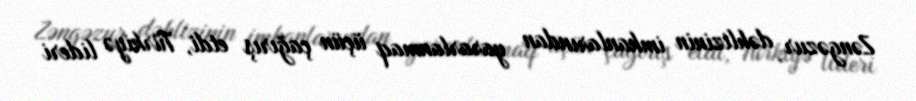
Zəngəzur dəhlizinin imkanlarından yararlanmaq üçün çağırış etdi, Türkiyə lideri